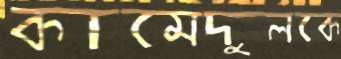
কামেদুলকে